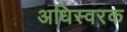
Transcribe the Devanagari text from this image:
अधिस्वरक